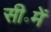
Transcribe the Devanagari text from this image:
सी॰में